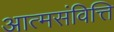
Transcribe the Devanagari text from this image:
आत्मसंवित्ति